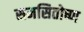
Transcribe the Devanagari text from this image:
समसितोष्ण